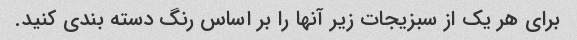
برای هر یک از سبزیجات زیر آنها را بر اساس رنگ دسته بندی کنید.